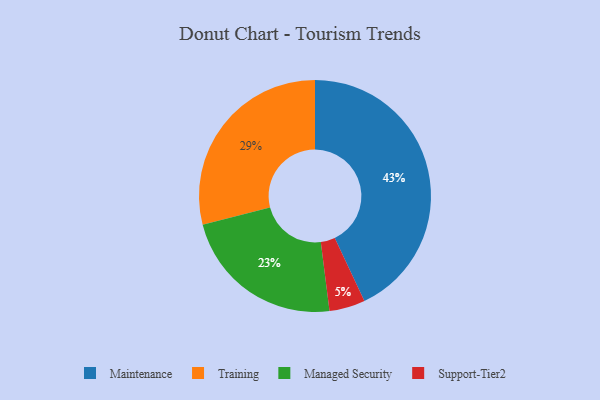
{"axis": {"x": "Category", "y": "Percentage"}, "legend": ["Maintenance", "Managed Security", "Support-Tier2", "Training"], "data": [{"x": "Training", "y": 29, "type": "Training"}, {"x": "Managed Security", "y": 23, "type": "Managed Security"}, {"x": "Maintenance", "y": 43, "type": "Maintenance"}, {"x": "Support-Tier2", "y": 5, "type": "Support-Tier2"}]}